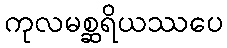
ကုလမစ္ဆရိယဿပေ